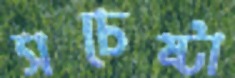
সচেষ্টা